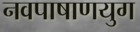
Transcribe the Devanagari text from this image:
नवपाषाणयुग